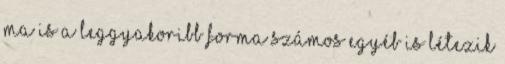
ma is a leggyakoribb forma számos egyéb is létezik